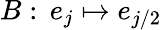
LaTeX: B:\, e_{j}\mapsto e_{j/2}